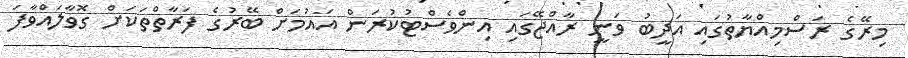
މިރޭގެ ރަސްމިއްޔާތުގައި އަދީބު ވަނީ ރާއްޖޭގައި އިންވެސްޓުކުރަން އައުމަށް ބޭރުގެ ފަރާތްތަކަށް ގޮވާލައްވާފަ